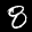
Label: 8